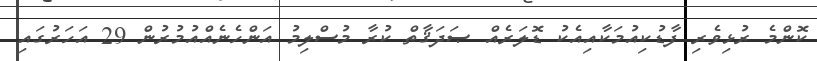
ކޮންމެ ރުޅިވެރި ފާޑުކިއުމަކާއިއެކު ޑޮލަރެއް ޞަދަޤާތް ކުރާ މުސްލިމު އަންހެނެއްއުމުރުން 29 އަހަރުގައި